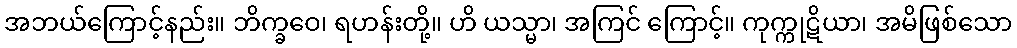
အဘယ်ကြောင့်နည်း။ ဘိက္ခဝေ၊ ရဟန်းတို့။ ဟိ ယသ္မာ၊ အကြင် ကြောင့်။ ကုက္ကုဋိယာ၊ အမိဖြစ်သော